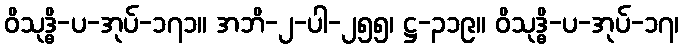
ဝိသုဒ္ဓိ-ပ-အုပ်-၁၇၁။ အဘိ-၂-ပါ-၂၅၅၊ ဋ္ဌ-၃၁၉။ ဝိသုဒ္ဓိ-ပ-အုပ်-၁၇၊